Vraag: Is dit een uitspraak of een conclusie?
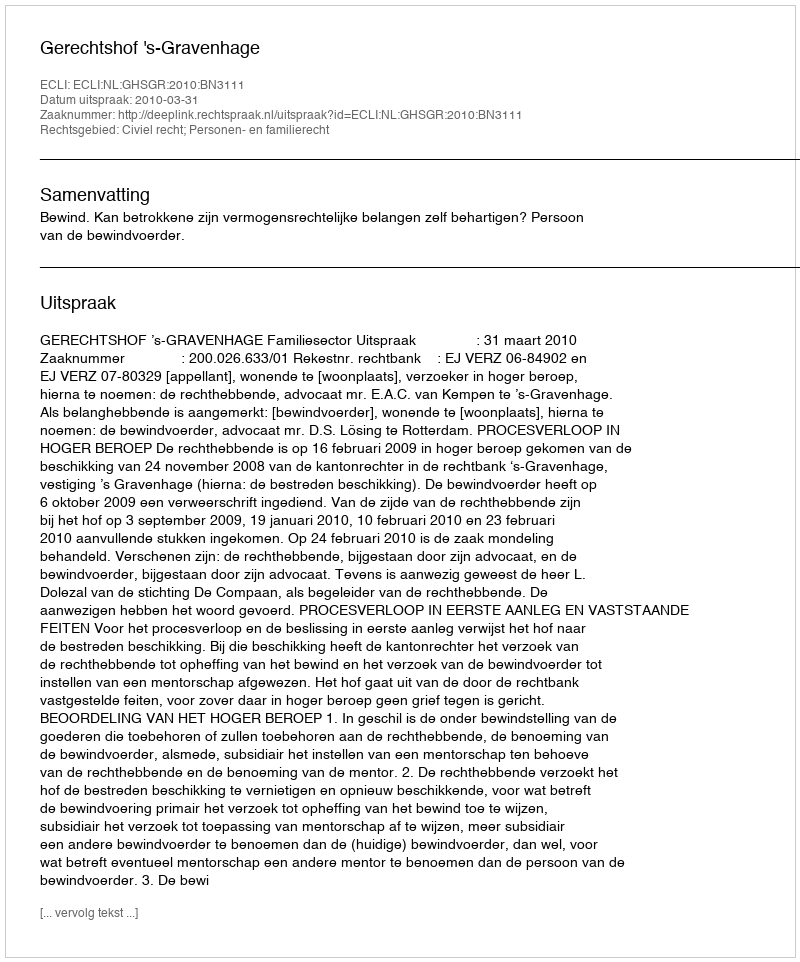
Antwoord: Uitspraak